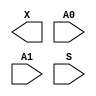
module sky130_fd_sc_hs__mux2 (
    X ,
    A0,
    A1,
    S
);

    output X ;
    input  A0;
    input  A1;
    input  S ;

    // Voltage supply signals
    supply1 VPWR;
    supply0 VGND;

endmodule